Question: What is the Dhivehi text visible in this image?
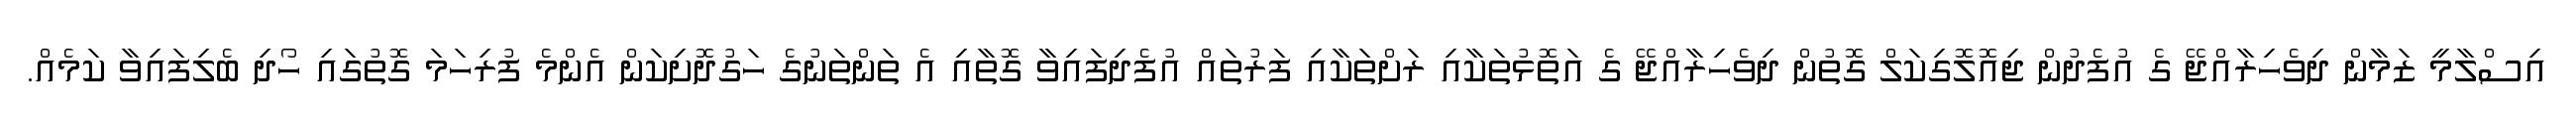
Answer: އިސްލާމީ ޒަމާން ދިވެހިރާއްޖޭ ގެ އުފެދުން ޖިއޮލޮގިކަލް ގޮތުން ދިވެހިރާއްޖޭ ގެ އަތޮޅުތަކާއި ރަށްތަކާއި ފަރުތައް އުފެދިފައިވާ ގޮތާއި އެ ތަންތަނުގެ ހަގުދޮށިކަން އެންމެ ފުރިހަމަ ގޮތުގައި ހޯދި ބެލިފައިވާ ކަމެއް.